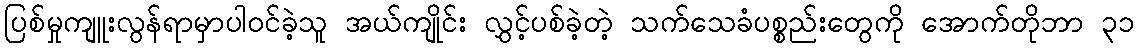
ပြစ်မှုကျူးလွန်ရာမှာပါဝင်ခဲ့သူ အယ်ကျိုင်း လွှင့်ပစ်ခဲ့တဲ့ သက်သေခံပစ္စည်းတွေကို အောက်တိုဘာ ၃၁